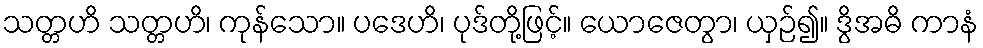
သတ္တဟိ သတ္တဟိ၊ ကုန်သော။ ပဒေဟိ၊ ပုဒ်တို့ဖြင့်။ ယောဇေတွာ၊ ယှဉ်၍။ ဒွိအဓိ ကာနံ